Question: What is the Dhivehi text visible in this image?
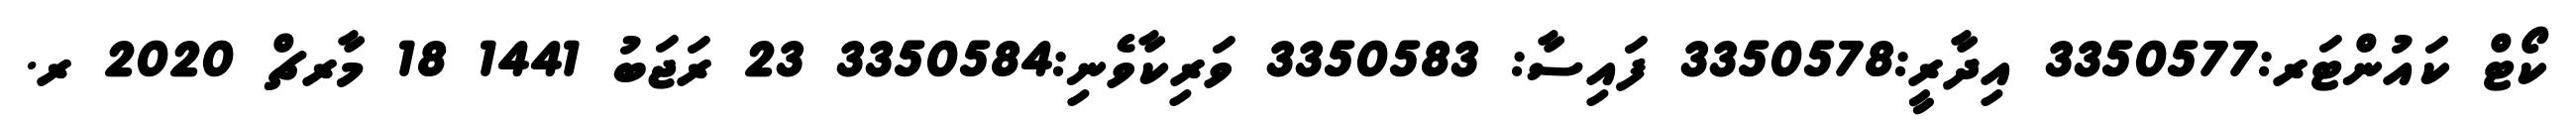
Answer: ކޯޓް ކައުންޓަރ:3350577 އިދާރީ:3350578 ފައިސާ: 3350583 ވަރިކާވެނި:3350584 23 ރަޖަބު 1441 18 މާރޗް 2020 ރ.